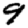
Digit: 9